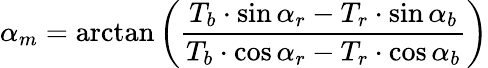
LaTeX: \alpha_{m}=\arctan\left({\frac{T_{b}\cdot\sin\alpha_{r}-T_{r}\cdot\sin\alpha_{b}}{T_{b}\cdot\cos\alpha_{r}-T_{r}\cdot\cos\alpha_{b}}}\right)